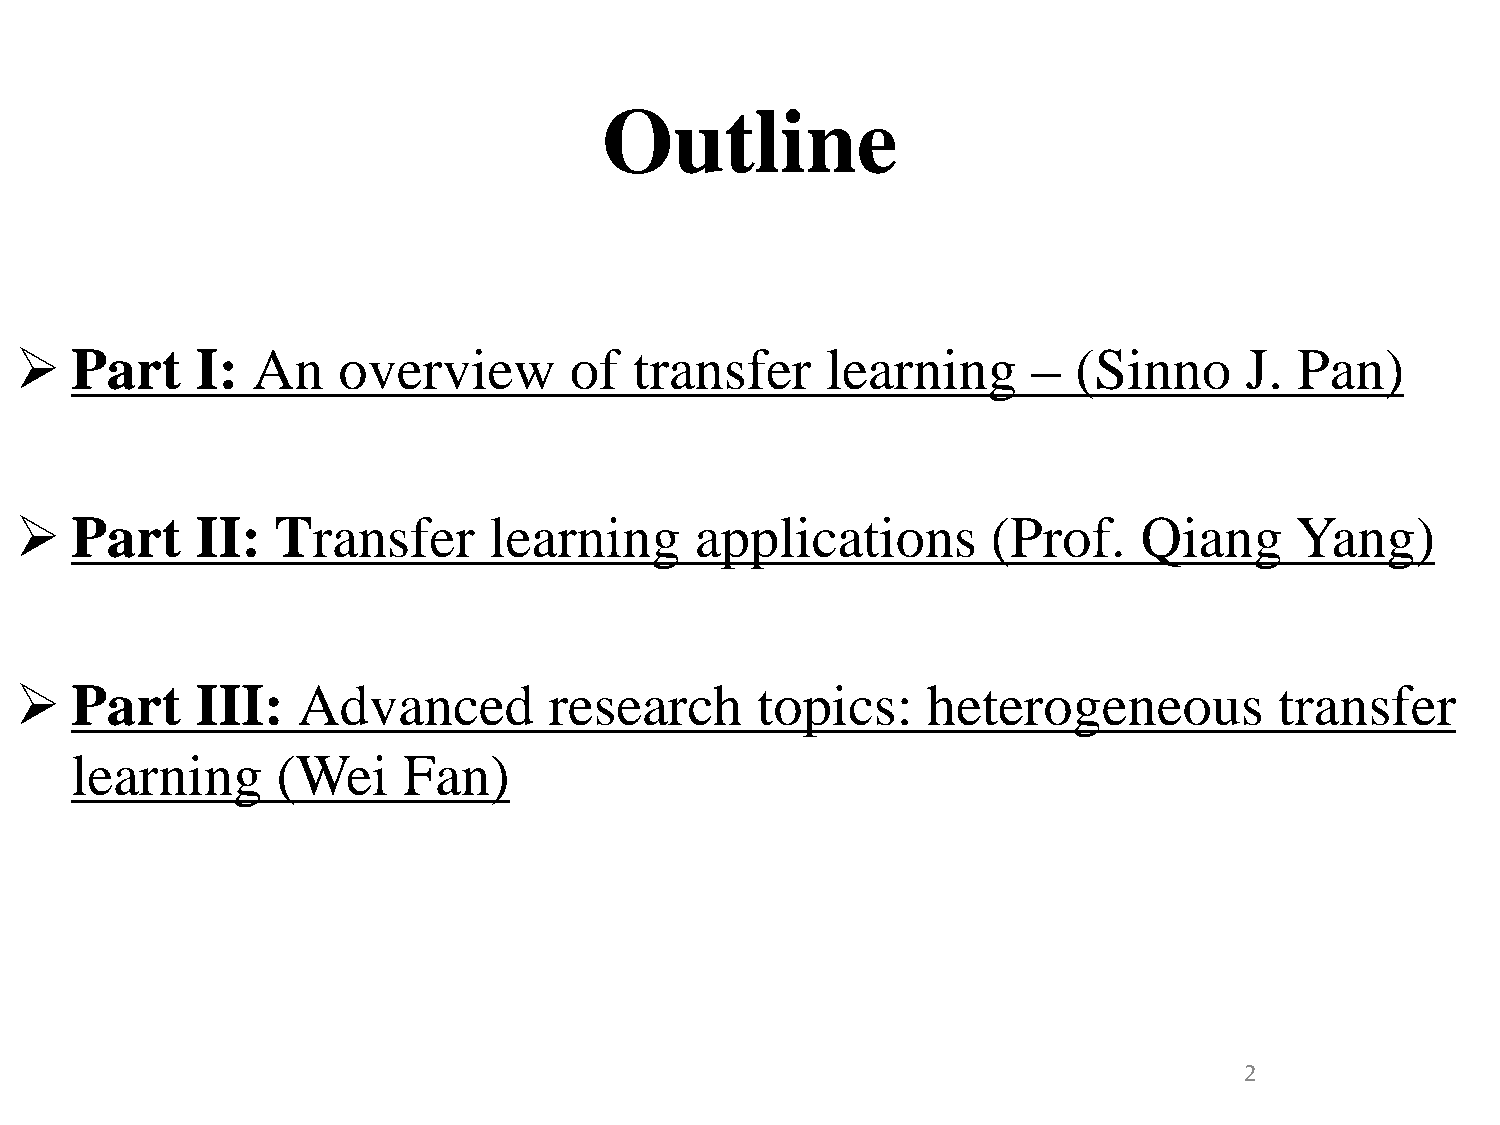
Outline
    Part    I:  An   overview        of  transfer     learning     –  (Sinno     J.  Pan)
    Part    II:  Transfer      learning      applications        (Prof.   Qiang      Yang)
    Part    III:   Advanced        research      topics:    heterogeneous           transfer
 learning     (Wei     Fan)
 2